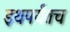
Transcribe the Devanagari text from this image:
इथपर्यंतच